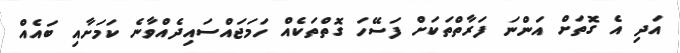
އަދި އެ ގޮތަށް އަންނަ ފަރާތްތަކަށް ފަސޭހަ ގޮތްތަކެއް ހަމަޖައްސައިދެއްވާނެ ކަމަށާއި ބައެއް